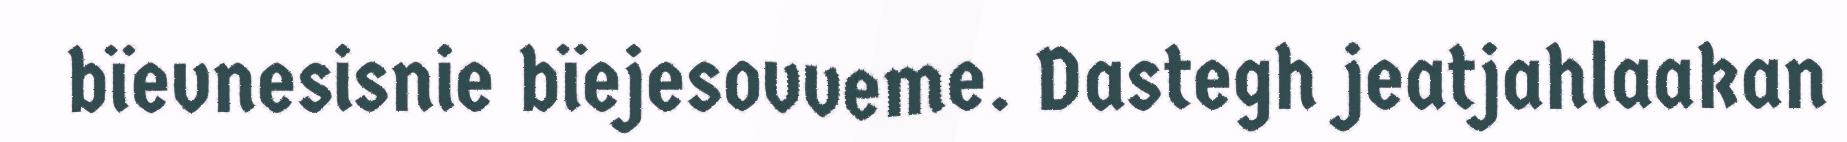
bïevnesisnie bïejesovveme. Dastegh jeatjahlaakan